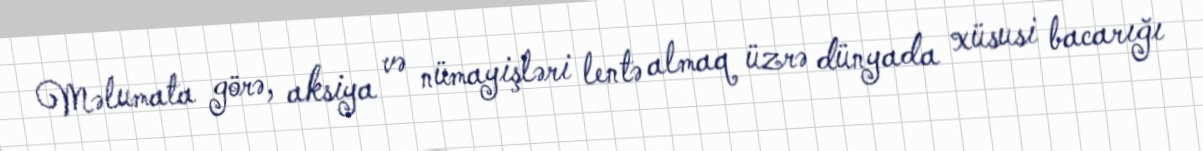
Məlumata görə, aksiya və nümayişləri lentə almaq üzrə dünyada xüsusi bacarığı